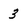
Character: 3